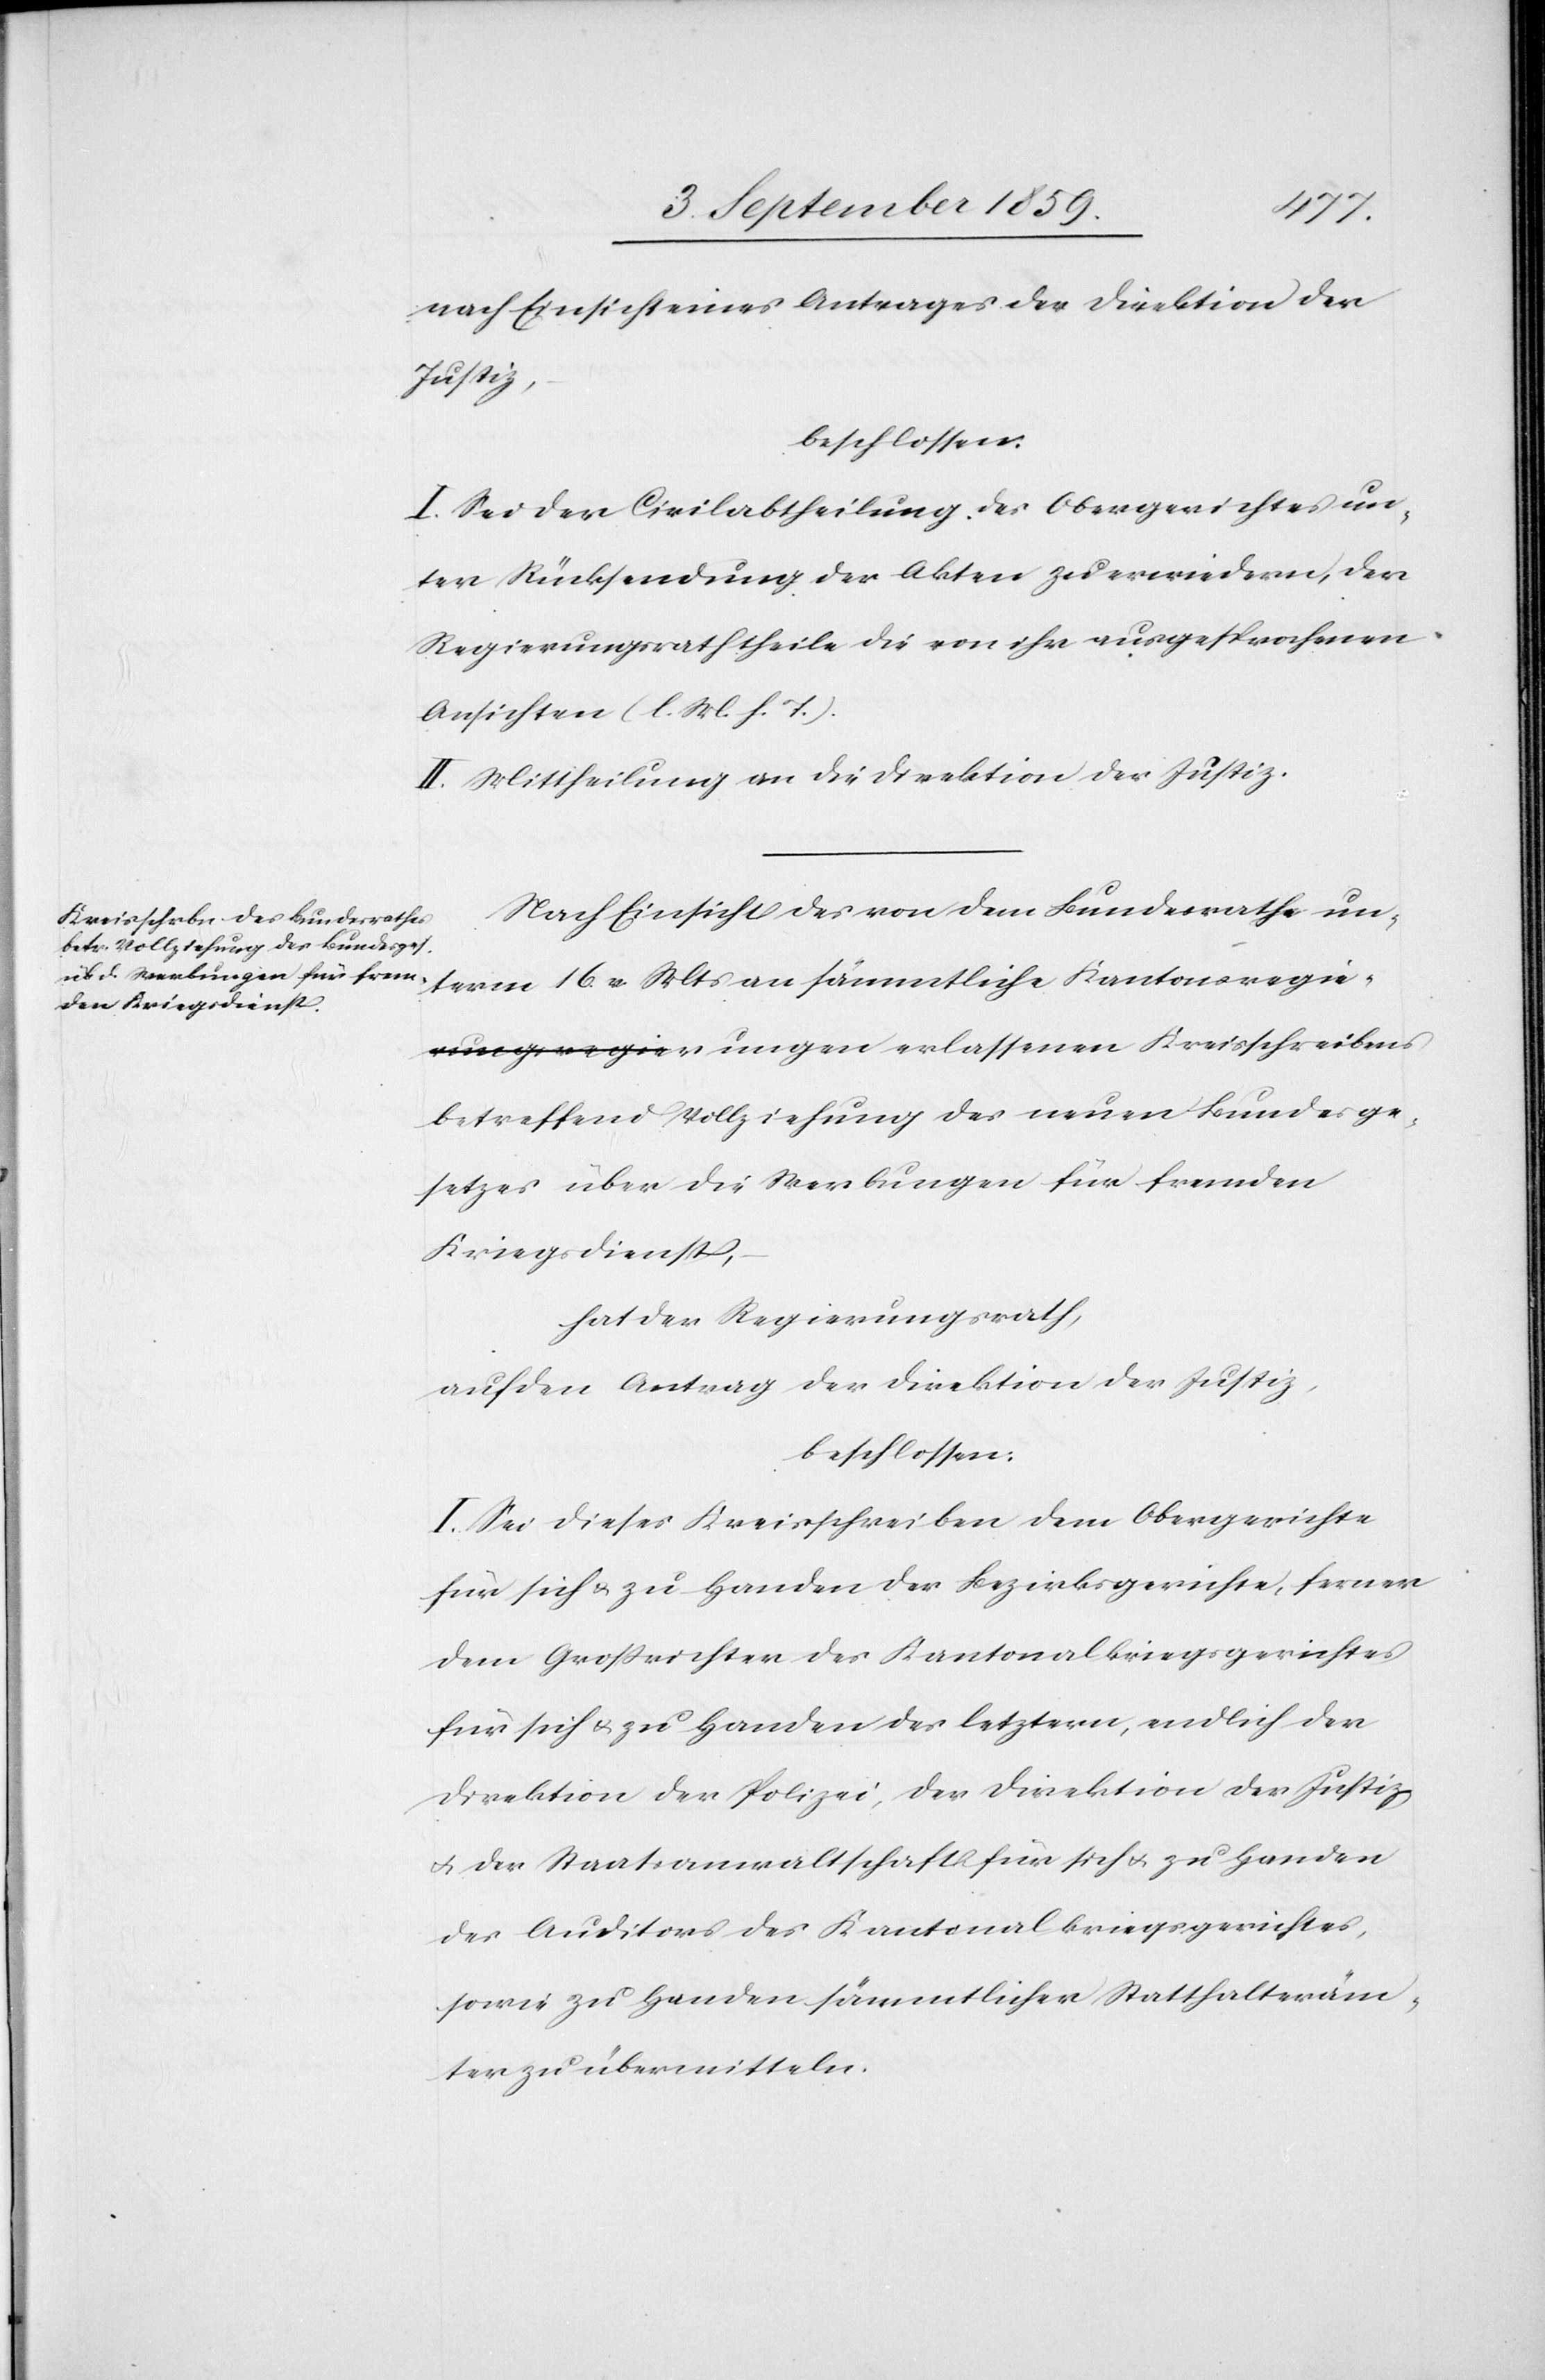
rungen
nach Einsicht eines Antrages der Direktion der
Justiz,
beschlossen:
I. Sei der Civilabtheilung des Obergerichtes un¬
ter Rücksendung der Akten zu erwiedern, der
Regierungsrath theile die von ihr ausgesprochenen
Ansichten (l. M. h. T.).
II. Mittheilung an die Direktion der Justiz.
Nach Einsicht des von dem Bundesrath un¬
term 16. v. Mts. an sämmtliche Kantonsregie¬
betreffend Vollziehung des neuen Bundesge¬
setzes über die Werbungen für fremden
Kriegsdienst,
hat der Regierungsrath,
auf den Antrag der Direktion der Justiz,
beschlossen:
I. Sei dieses Kreisschreiben dem Obergerichte
für sich & zu Handen der Bezirksgerichte, ferner
dem Großrichter des Kantonalkriegsgerichtes
für sich & zu Handen des letztern, endlich der
Direktion der Polizei, der Direktion der Justiz
& der Staatsanwaltschaft für sich & zu Handen
des Auditors des Kantonalkriegsgerichtes,
sowie zu Handen sämmtlicher Statthalteräm¬
ter zu übermitteln.